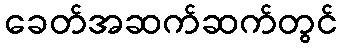
ခေတ်အဆက်ဆက်တွင်